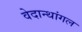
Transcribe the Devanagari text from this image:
वेदान्थांगल